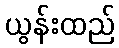
ယွန်းထည်